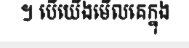
។ បើយើងមើលគេក្នុង